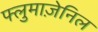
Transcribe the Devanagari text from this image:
फ्लुमाज़ेनिल